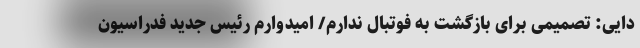
دایی: تصمیمی برای بازگشت به فوتبال ندارم/ امیدوارم رئیس جدید فدراسیون